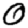
Digit: 0